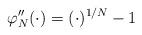
LaTeX: \begin{align*}\varphi_N''(\cdot)=(\cdot)^{1/N}-1\end{align*}